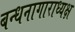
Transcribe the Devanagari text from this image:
बन्धनागाराध्यक्ष